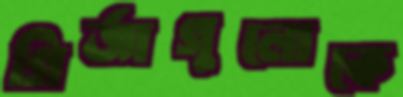
গির্জাগুলোকে